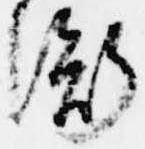
衡